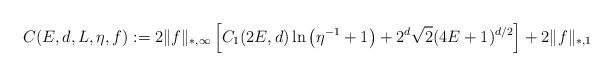
LaTeX: \begin{align*} C(E,d, L , \eta,f) := 2 \| f \|_{*,\infty} \left[ C_{1}(2 E,d) \ln \left( \eta^{-1} +1 \right)+ 2^d \sqrt{2} (4 E + 1)^{d/2} \right] + 2 \| f \|_{*,1} \end{align*}